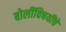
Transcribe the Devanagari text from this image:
बोलींविषयींचे